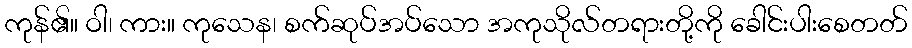
ကုန်၏။ ဝါ၊ ကား။ ကုသေန၊ စက်ဆုပ်အပ်သော အကုသိုလ်တရားတို့ကို ခေါင်းပါးစေတတ်